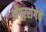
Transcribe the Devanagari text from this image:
डोंगररांगेचे